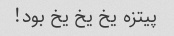
پیتزه یخ یخ یخ بود!